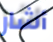
أشار